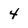
Character: 4